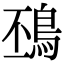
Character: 䲹